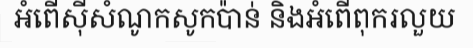
អំពើស៊ីសំណូកសូកប៉ាន់ និងអំពើពុករលួយ